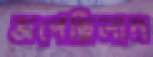
জপেছিলাম